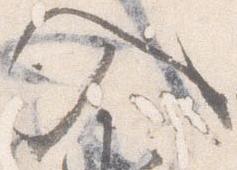
入